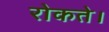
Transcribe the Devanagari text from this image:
रोकते।